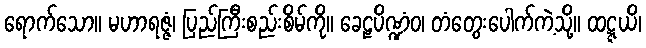
ရောက်သော။ မဟာရဇ္ဇံ၊ ပြည်ကြီးစည်းစိမ်ကို။ ခေဠပိဏ္ဍံဝ၊ တံတွေးပေါက်ကဲ့သို့။ ထဋ္ဋယိ၊